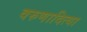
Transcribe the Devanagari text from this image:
वरुणादित्या